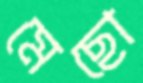
মেছো